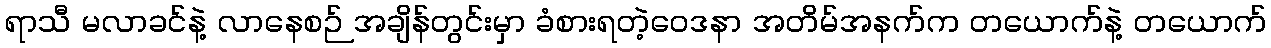
ရာသီ မလာခင်နဲ့ လာနေစဉ် အချိန်တွင်းမှာ ခံစားရတဲ့ဝေဒနာ အတိမ်အနက်က တယောက်နဲ့ တယောက်